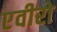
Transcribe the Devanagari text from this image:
एवीरो